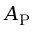
A _ { \mathrm { P } }